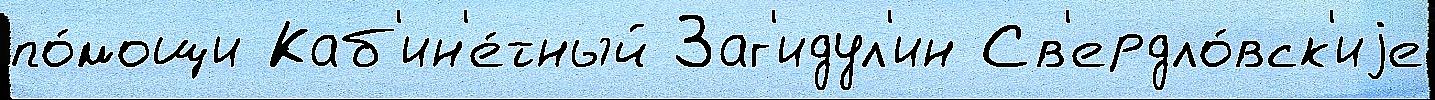
по́мощи Каб'ин'е́тный Заг'идул'ин Св'ердло́вск'иjе